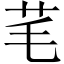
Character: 芼